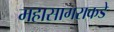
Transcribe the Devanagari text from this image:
महासागराकडे